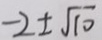
- 2 \pm \sqrt { 1 0 }